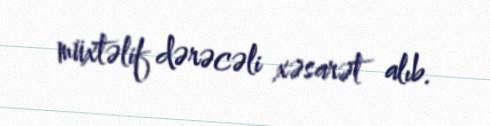
müxtəlif dərəcəli xəsarət alıb.